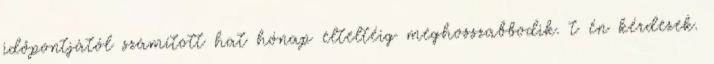
időpontjától számított hat hónap elteltéig meghosszabbodik. t én kérdezek.